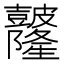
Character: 𥀼